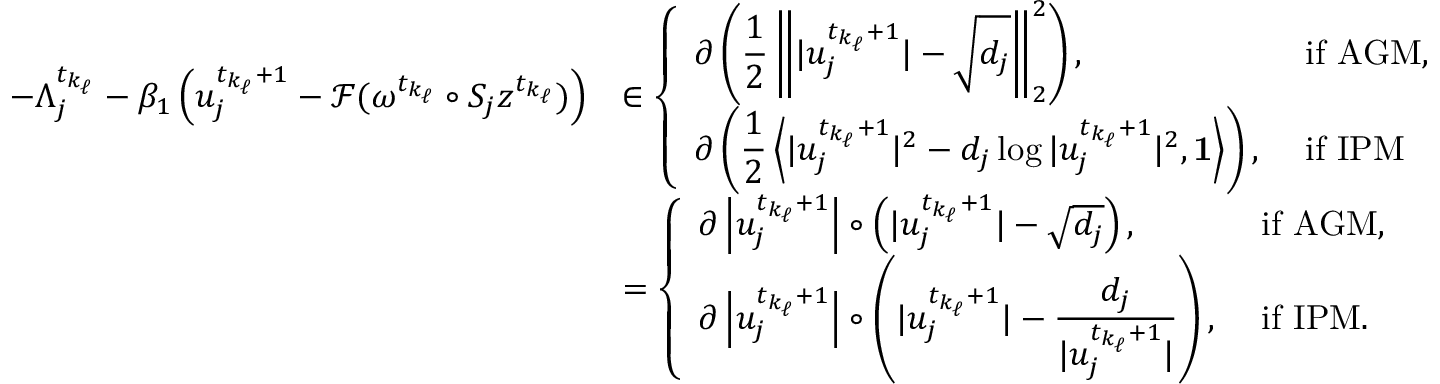
\begin{array} { r l } { - \Lambda _ { j } ^ { t _ { k _ { \ell } } } - \beta _ { 1 } \left( u _ { j } ^ { t _ { k _ { \ell } } + 1 } - \mathcal { F } ( \omega ^ { t _ { k _ { \ell } } } \circ S _ { j } z ^ { t _ { k _ { \ell } } } ) \right) } & { \in \left\{ \begin{array} { l l } { \partial \left( \displaystyle \frac { 1 } { 2 } \left\| | u _ { j } ^ { t _ { k _ { \ell } } + 1 } | - \sqrt { d _ { j } } \right\| _ { 2 } ^ { 2 } \right) , } & { \mathrm { ~ i f ~ A G M } , } \\ { \partial \left( \displaystyle \frac { 1 } { 2 } \left\langle | u _ { j } ^ { t _ { k _ { \ell } } + 1 } | ^ { 2 } - d _ { j } \log | u _ { j } ^ { t _ { k _ { \ell } } + 1 } | ^ { 2 } , \mathbf { 1 } \right\rangle \right) , } & { \mathrm { ~ i f ~ I P M } } \end{array} \right. } \\ & { = \left\{ \begin{array} { l l } { \partial \left| u _ { j } ^ { t _ { k _ { \ell } } + 1 } \right| \circ \left( | u _ { j } ^ { t _ { k _ { \ell } } + 1 } | - \sqrt { d _ { j } } \right) , } & { \mathrm { ~ i f ~ A G M , } } \\ { \partial \left| u _ { j } ^ { t _ { k _ { \ell } } + 1 } \right| \circ \left( | u _ { j } ^ { t _ { k _ { \ell } } + 1 } | - \displaystyle \frac { d _ { j } } { | u _ { j } ^ { t _ { k _ { \ell } } + 1 } | } \right) , } & { \mathrm { ~ i f ~ I P M } . } \end{array} \right. } \end{array}